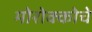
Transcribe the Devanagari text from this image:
मोरोक्कोचे